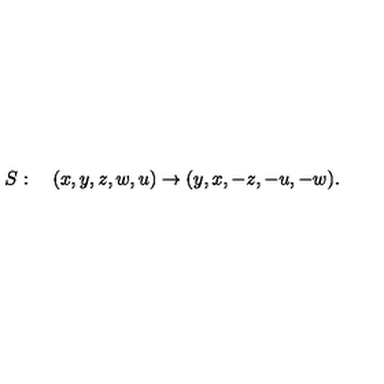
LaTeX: S : \quad ( x , y , z , w , u ) \to ( y , x , - z , - u , - w ) .